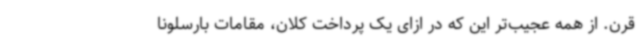
قرن. از همه عجیب‌تر این که در ازای یک پرداخت کلان، مقامات بارسلونا